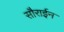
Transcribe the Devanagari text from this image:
सौराईन